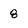
Character: 8